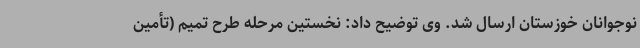
نوجوانان خوزستان ارسال شد. وی توضیح داد: نخستین مرحله طرح تمیم (تأمین